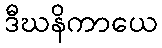
ဒီဃနိကာယေ